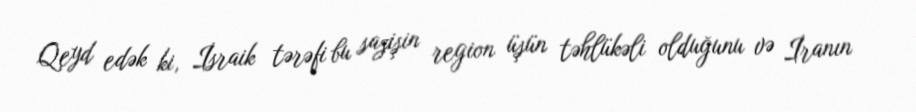
Qeyd edək ki, İsraik tərəfi bu sazişin region üşün təhlükəli olduğunu və İranın